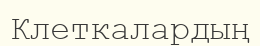
Клеткалардың